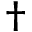
\dagger